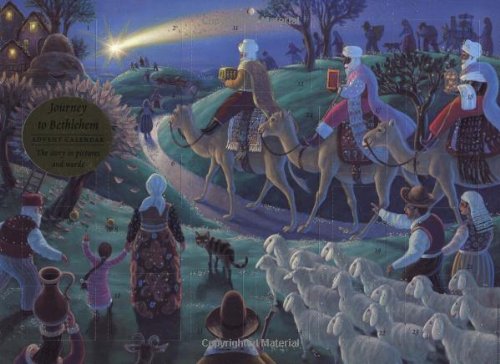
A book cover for Journey to Bethlehem Advent Calendar; Giuliano Lunelli; Calendars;